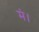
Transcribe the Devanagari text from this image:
मं।